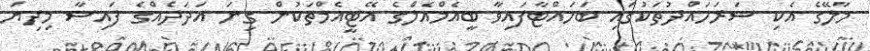
މާލޭގެ އެކި ސަރަހައްދުތަކުގައި ބަހައްޓާފައިވާ ބީއެމްއެލްގެ އޭޓީއެމްތަކުން ގިނަ އަދަދެއްގެ ފައިސާ މިދިޔަ